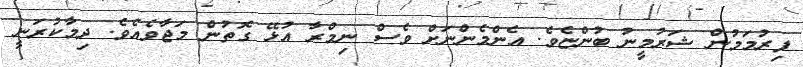
ފިރުމަމުން ޝަރުމީނު ބުންޏެވެ. އެންމެންނަށް ވެސް ނިމްރާ އުޅޭ ގޮތުން މަޖާވެއެވެ. ދިމާކުރަނީ